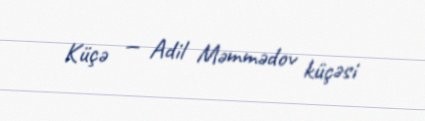
Küçə — Adil Məmmədov küçəsi